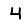
Digit: 4